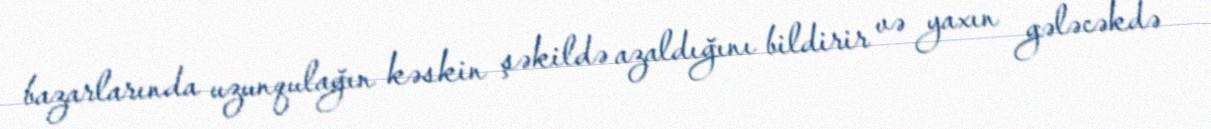
bazarlarında uzunqulağın kəskin şəkildə azaldığını bildirir və yaxın gələcəkdə